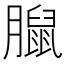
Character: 𦡔